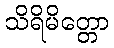
သိရိမိတ္တော